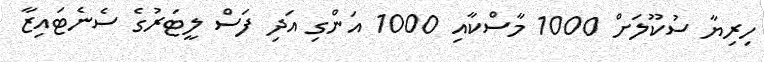
ހިރިޔާ ސުކޫލަށް 1000 މާސްކާއި 1000 އަންގި އަދި ފަސް ލީޓަރުގެ ސެނެޓައިޒާ